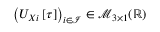
\left( U _ { X i } \left[ \tau \right] \right) _ { i \in \mathcal { I } } \in \mathcal { M } _ { 3 \times 1 } ( \mathbb { R } )